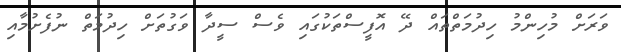
ވަރަށް މުހިންމު ހިދުމަތްތައް ދޭ އޮފީސްތަކުގައި ވެސް ސީދާ ވަގުތަށް ހިދުމަތް ނުފެށުމާއި